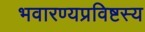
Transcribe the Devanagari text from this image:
भवारण्यप्रविष्टस्य